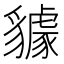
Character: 𧴘